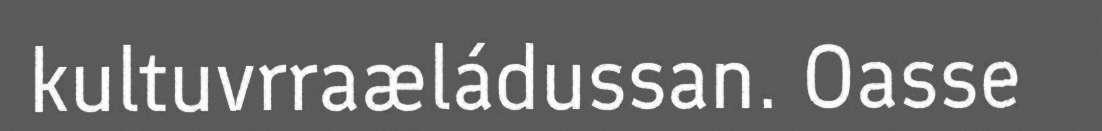
kultuvrraæládussan. Oasse